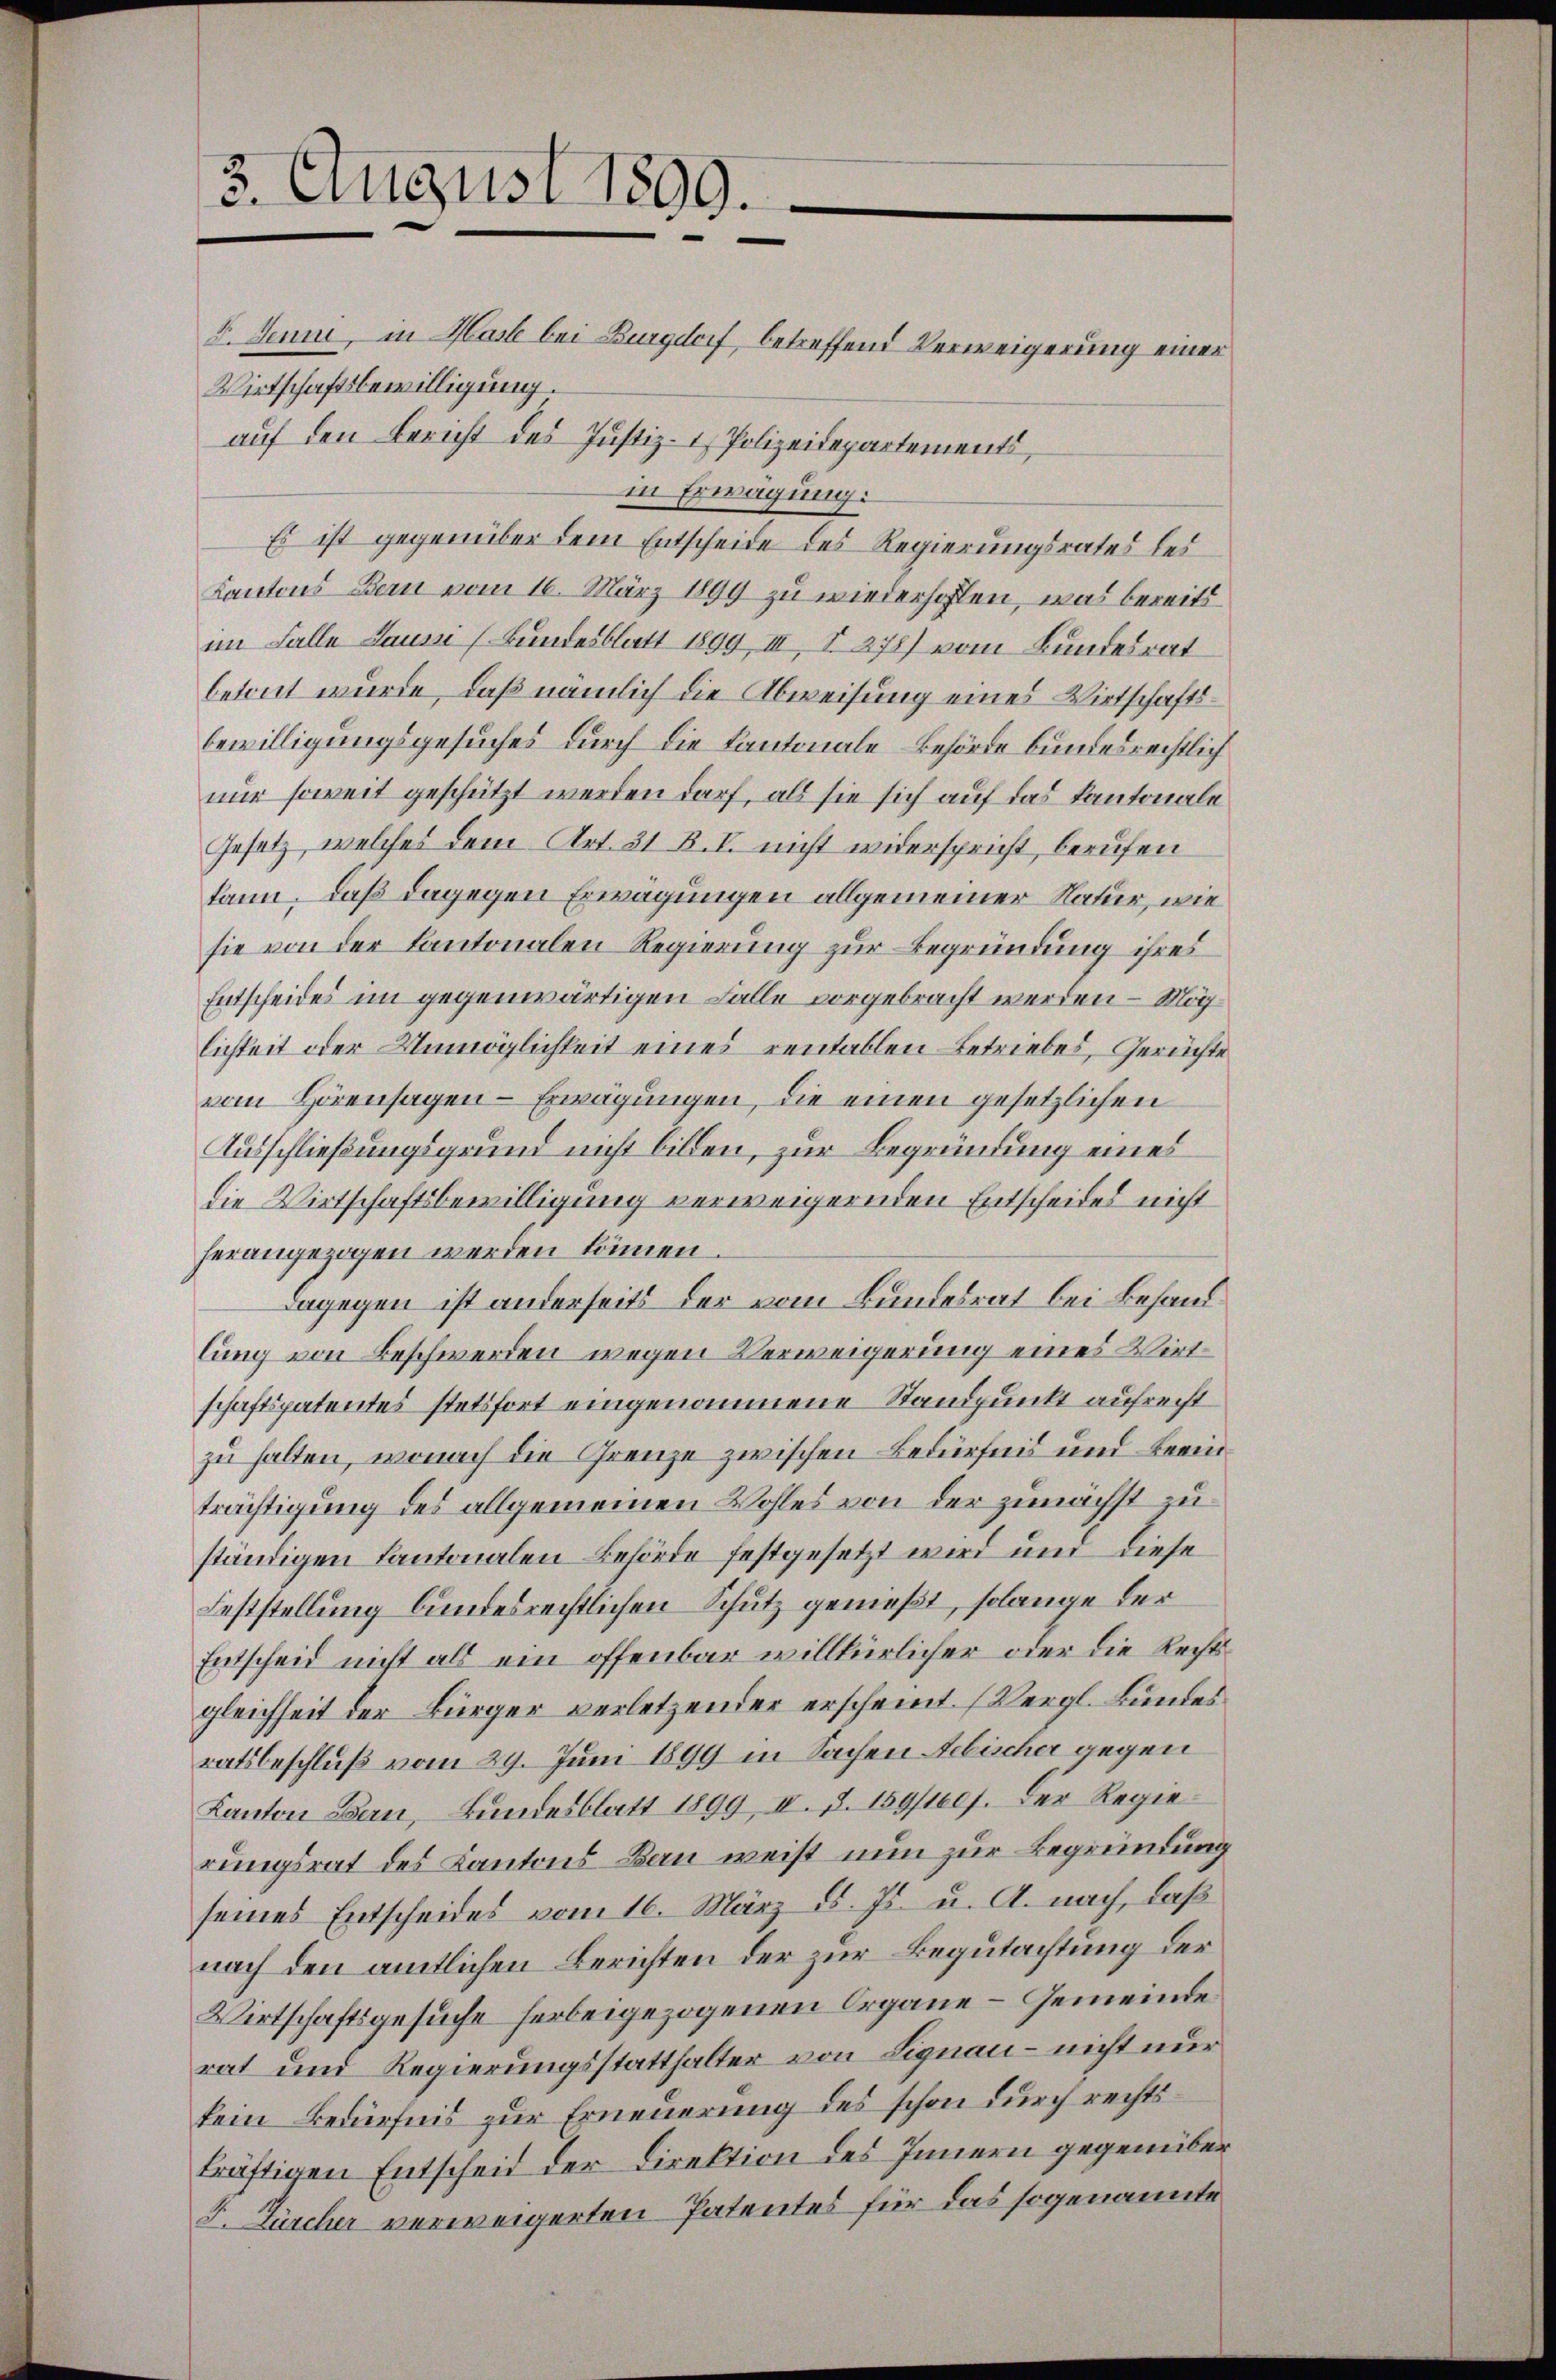
3. August 1899.
e

8. Jenne, in Hast bei Burgdorf, betreffend Verweigerung einer
Wirtschaftsbewilligung.
auf den Bericht des Justiz- & Polizeidepartements,
in Erwägung:
Es ist gegenüber dem Entscheide des Regierungsrates les
Kantons Bern vom 16. März 1899 zu wiederhoffen, was bereits
im Falle Laussi (Bundesblatt 1899, III, S. 278) vom Bundesrat
betont wurde, daß nämlich die Abweisung eines Wirtschaftsbewilligungsgesuches durch die Kantonale Behörde bundesrechtlich
nur soweit geschützt werden darf, als sie sich auf das Kantonale
Gesetz, welches dem Art. 31 B. V. nicht widerspricht berufen
kann, daß dagegen Erwägungen allgemeiner Natur, wie
sie von der Kantonalen Regierung zur Begründung ihres
Entscheides im gegenwärtigen Falle vorgebracht werden – Möglichkeit oder Unmöglichkeit eines rentablen Betriebes, Gerüchte
vom Hörensagen-Erwägungen, die einen gesetzlichen
Ausschließungsgrund nicht bilden, zur Begründung eines
die Wirtschaftsbewilligung verweigernden Entscheides nicht
herangezogen werden können.
Dagegen ist anderseits der vom Bundesrat bei Behandlung von Beschwerden wegen Verweigerung eines Wirtschaftspatentes stetsfort eingenommene Standpunkt aufrecht
zu halten, wonach die Grenze zwischen Bedürfnis und beeinträchtigung des allgemeinen Wohles von der zunächst zuständigen Kantonalen Behörde festgesetzt wird und diese
Feststellung bundesrechtlichen Schutz genießt, solange der
Entscheid nicht als ein offenbar willkürlicher oder die Rechtsgleichheit der Bürger verletzender erscheint. (Vergl. Bundes
ratsbeschluß vom 29. Juni 1899 in Sachen Aebischer gegen
Kanton Bern, Bundesblatt 1899, II. §. 159/1607. Der Regierungsrat des Kantons Bau weist nun zur Begründung
seines Entscheides vom 16. März d. Js. u. A. nach, daß
nach den amtlichen Berichten der zur Begutachtung der
Wirtschaftsgesuche herbeigezogenen Organe – Gemeinde
rat und Regierungsstatthalter von Lignau – nicht nur
kein Bedürfnis zur Erneuerung des schon durch rechtskräftigen Entscheit der Direktion des Innern gegenüber
I. Fürcher verweigerten Patentes für das sogenannte